Report on sanitation, dispensaries, and jails in Rajputana for 1917, and on vaccination for the year 1917-1918 - 1917-1918
Year: 1917
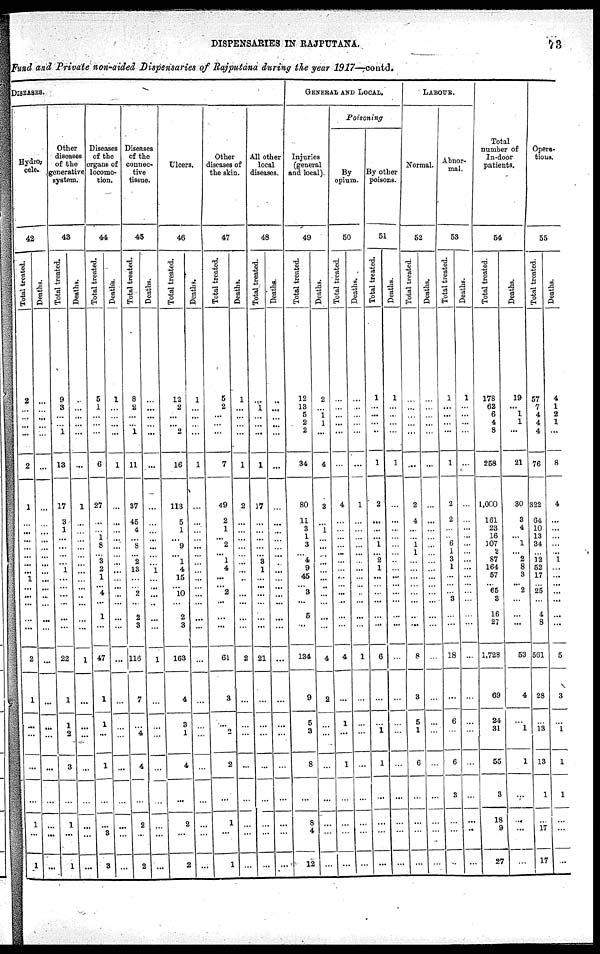
DISPENSARIES IN RAJPUTANA.
73
Fund and Private non-aided Dispensaries of Rajputana during the year 1917—contd.
DISEASES.
Hydro¬
cele.
42
Total treated.
2
...
...
...
...
2
1
...
...
...
...
...
...
...
1
...
...
...
...
...
2
1
...
...
...
...
1
...
1
Deaths.
...
...
...
...
...
...
...
...
...
...
...
...
...
...
...
...
...
...
...
...
...
...
...
...
...
...
...
...
...
Other
diseases
of the
generative
system.
43
Total treated.
9
3
...
...
1
13
17
3
1
...
...
...
...
1
...
...
...
...
...
...
22
1
1
2
3
...
1
...
1
Deaths.
...
...
...
...
...
...
1
...
...
...
...
...
...
...
...
...
...
...
...
...
1
...
...
...
...
...
...
...
...
Diseases
of the
organs of
locomo-
tion.
44
Total treated.
5
1
...
...
...
6
27
...
1 ...
8
...
3
2
1
...
4
...
1
...
47
1
1
...
1
...
...
3
3
Deaths.
1
...
...
...
...
1
...
...
...
... ...
...
...
...
...
...
...
...
...
...
...
...
...
...
...
...
...
...
...
Diseases
of the
connec-
tive
tissue.
45
Total treated.
8
2
...
...
1
11
37
45
4
... 8
...
2
13
...
...
2
...
2
3
116
7
...
4
4
...
2
...
2
Deaths.
...
...
...
...
...
...
...
...
...
...
...
...
...
1
...
...
...
...
...
...
1
...
...
...
...
...
...
...
...
Ulcers.
46
Total treated.
12
2
...
...
2
16
113
5
1
... 9
...
1
4
15
...
10
...
2
3
163
4
3
1
4
...
2
...
2
Deaths.
1
...
...
...
...
1
...
...
...
...
...
...
...
...
...
...
...
...
...
...
...
...
...
...
...
...
...
...
...
Other
diseases of
the skin.
47
Total treated.
5
2
...
...
...
7
49
2
1
...
2
...
1
4
...
... 2
...
...
...
61
3
...
2
2
...
1
...
1
Deaths.
1
...
...
...
...
1
2
...
...
...
...
...
...
...
...
...
...
...
...
...
2
...
...
...
...
...
...
...
...
All other
local
diseases.
48
Total treated.
...
1
...
...
...
1
17
...
...
...
...
...
8
1
...
...
...
...
...
...
21
...
...
...
...
...
...
...
...
Deaths.
...
...
...
...
...
...
...
...
...
...
...
...
...
...
...
...
...
...
...
...
...
...
...
...
...
...
...
...
...
GENERAL AND LOCAL.
Injuries
(general
and local).
49
Total treated.
12
13
5
2
2
34
80
11
3
1
3
...
4
9
45
... 3
...
5
...
134
9
5
3
8
...
8
4
12
Deaths.
2
...
1
1
...
4
3
...
1
...
...
...
...
...
...
...
...
...
...
...
4
2
...
...
...
...
...
...
...
Poisoning
By
opium.
50
Total treated.
...
...
...
...
...
...
4
...
...
...
...
...
...
...
...
...
...
...
...
...
4
...
1
...
1
...
...
...
...
Deaths.
...
...
...
...
...
...
1
...
...
...
...
...
...
...
...
...
...
...
...
...
1
...
...
...
...
...
...
...
...
By other
poisons.
51
Total treated.
1
...
...
...
...
1
2
...
...
... 1
...
2
1
...
...
...
...
...
...
6
...
...
1
1
...
...
...
...
Deaths.
1
...
...
...
...
1
...
...
...
...
...
...
...
...
...
...
...
...
...
...
...
...
...
...
...
...
...
...
...
LABOUR.
Normal.
52
Total treated.
...
...
...
...
...
...
2
4
...
... 1
1
...
...
...
...
...
...
...
...
8
3
5
1
6
...
...
...
...
Deaths.
...
...
...
...
...
...
...
...
...
... ...
...
...
...
...
...
...
...
...
...
...
...
...
...
...
...
...
...
...
Abnor-
mal.
53
Total treated.
1
...
...
...
...
1
2
2
...
... 6
1
3
1
...
...
...
3
...
...
18
...
6
6
3
...
...
...
Deaths.
1
...
...
...
...
...
...
...
...
...
...
...
...
...
...
...
...
...
...
...
...
...
...
...
...
...
...
...
...
Total
number of
In-door
patients.
54
Total treated.
178
62
6
4
8
258
1,000
161
23
16
107
2
87
164
57
... 65
3
16
27
1,728
69
24
31
55
3
18
9
27
Deaths.
19
...
1
1
...
21
30
3
4
... 1
...
2
8
3
... 2
...
...
...
53
4
...
1
1
...
...
...
...
Opera¬
tions.
55
Total treated.
57
7
4
4
4
76
322
64
10
13
34
...
12
52
17
25
...
...
4
8
561
28
...
13
13
1
...
17
17
Deaths.
4
1
2
1
...
8
4
...
...
...
...
...
1
...
...
...
...
...
...
...
5
3
...
1
1
1
...
...
...